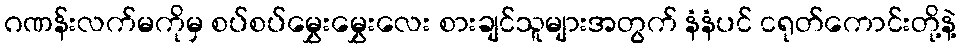
ဂဏန်းလက်မကိုမှ စပ်စပ်မွှေးမွှေးလေး စားချင်သူများအတွက် နံနံပင် ငရုတ်ကောင်းတို့နဲ့